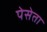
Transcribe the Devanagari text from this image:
पेसेता